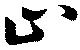
止